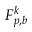
F _ { p , b } ^ { k }